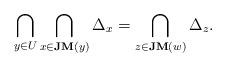
LaTeX: \begin{align*}\bigcap_{y\in U}\bigcap_{x\in\mathbf{JM}(y)}\Delta_x = \bigcap_{z\in \mathbf{JM}(w)}\Delta_z. \end{align*}